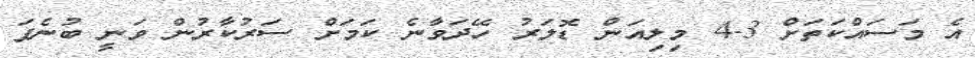
އެ މަސައްކަތަށް 3-4 މިލިއަން ޑޮލަރު ހޭދަވާނެ ކަމަށް ސަރުކާރުން ވަނީ ބުނެފަ